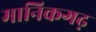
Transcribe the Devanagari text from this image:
मानिकगढ़